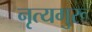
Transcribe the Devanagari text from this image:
नृत्यगुरू